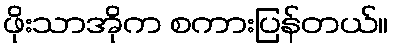
ဖိုးသာအိုက စကားပြန်တယ်။